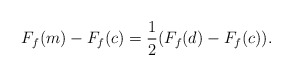
\begin{align*}F_f(m)-F_f(c)=\frac12(F_f(d)-F_f(c)).\end{align*}